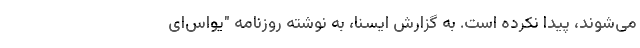
می‌شوند، پیدا نکرده است. به گزارش ایسنا، به نوشته روزنامه "یواس‌ای